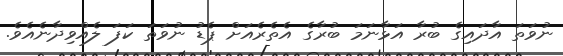
ނުވަތަ އާދައިގެ ބުރާ އަޅާނަމަ ބުރާގެ އެތެރެއަށް ޕެޑު ނުވަތަ ކަފަ ލެއްވިދާނެއެވެ.